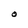
Character: O